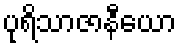
ပုရိသာဇာနီယော